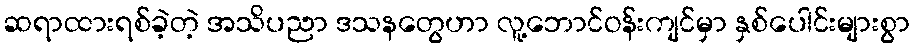
ဆရာထားရစ်ခဲ့တဲ့ အသိပညာ ဒသနတွေဟာ လူ့ဘောင်ဝန်းကျင်မှာ နှစ်ပေါင်းများစွာ